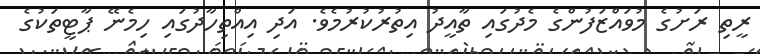
ރީތި ރަށުގެ މުވައްޒަފުންގެ މެދުގައި ތާއީދު އިތުރުކުރުމެވެ. އަދި އިއްތިހާދުގައި ހިމެނޭ ޕާޓީތަކުގެ